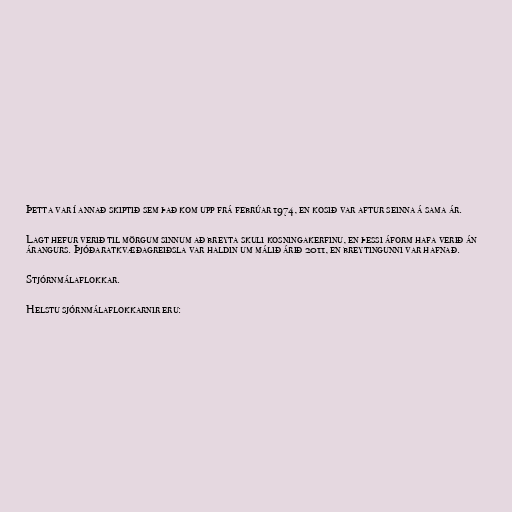
Þetta var í annað skiptið sem það kom upp frá febrúar 1974, en kosið var aftur seinna á sama ár.

Lagt hefur verið til mörgum sinnum að breyta skuli kosningakerfinu, en þessi áform hafa verið án
árangurs. Þjóðaratkvæðagreiðsla var haldin um málið árið 2011, en breytingunni var hafnað.

Stjórnmálaflokkar.

Helstu sjórnmálaflokkarnir eru: